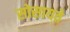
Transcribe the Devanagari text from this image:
सोसायते